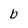
Character: b